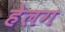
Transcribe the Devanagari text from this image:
हेलग